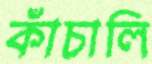
কাঁচালি